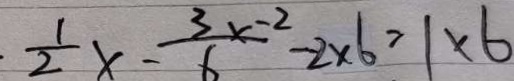
\frac { 1 } { 2 } x - \frac { 3 x - 2 } { 6 } - 2 \times 6 = 1 \times 6